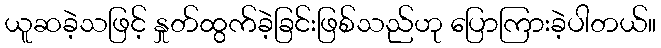
ယူဆခဲ့သဖြင့် နှုတ်ထွက်ခဲ့ခြင်းဖြစ်သည်ဟု ပြောကြားခဲ့ပါတယ်။